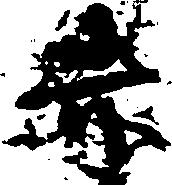
赤